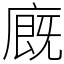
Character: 廐